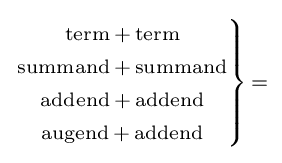
\scriptstyle \left.{\begin{matrix}\scriptstyle {\text{term}}\,+\,{\text{term}}\\\scriptstyle {\text{summand}}\,+\,{\text{summand}}\\\scriptstyle {\text{addend}}\,+\,{\text{addend}}\\\scriptstyle {\text{augend}}\,+\,{\text{addend}}\end{matrix}}\right\}\,=